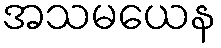
အသမယေန